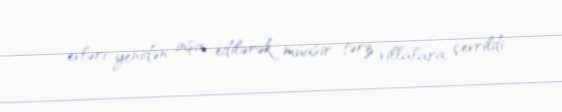
evləri yenidən inşa edilərək müasir tərz villalara çevrildi.